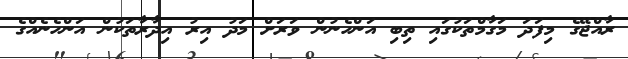
ރާއްޖޭގެ މިފަދަ މަގާމްތަކުގައި ތިބި އަންހެނުން ވަރަށް މަދު އިރު އިދާރާތަކުން އަންހެނެއްގެ